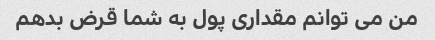
من می توانم مقداری پول به شما قرض بدهم